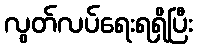
လွတ်လပ်ရေးရရှိပြီး